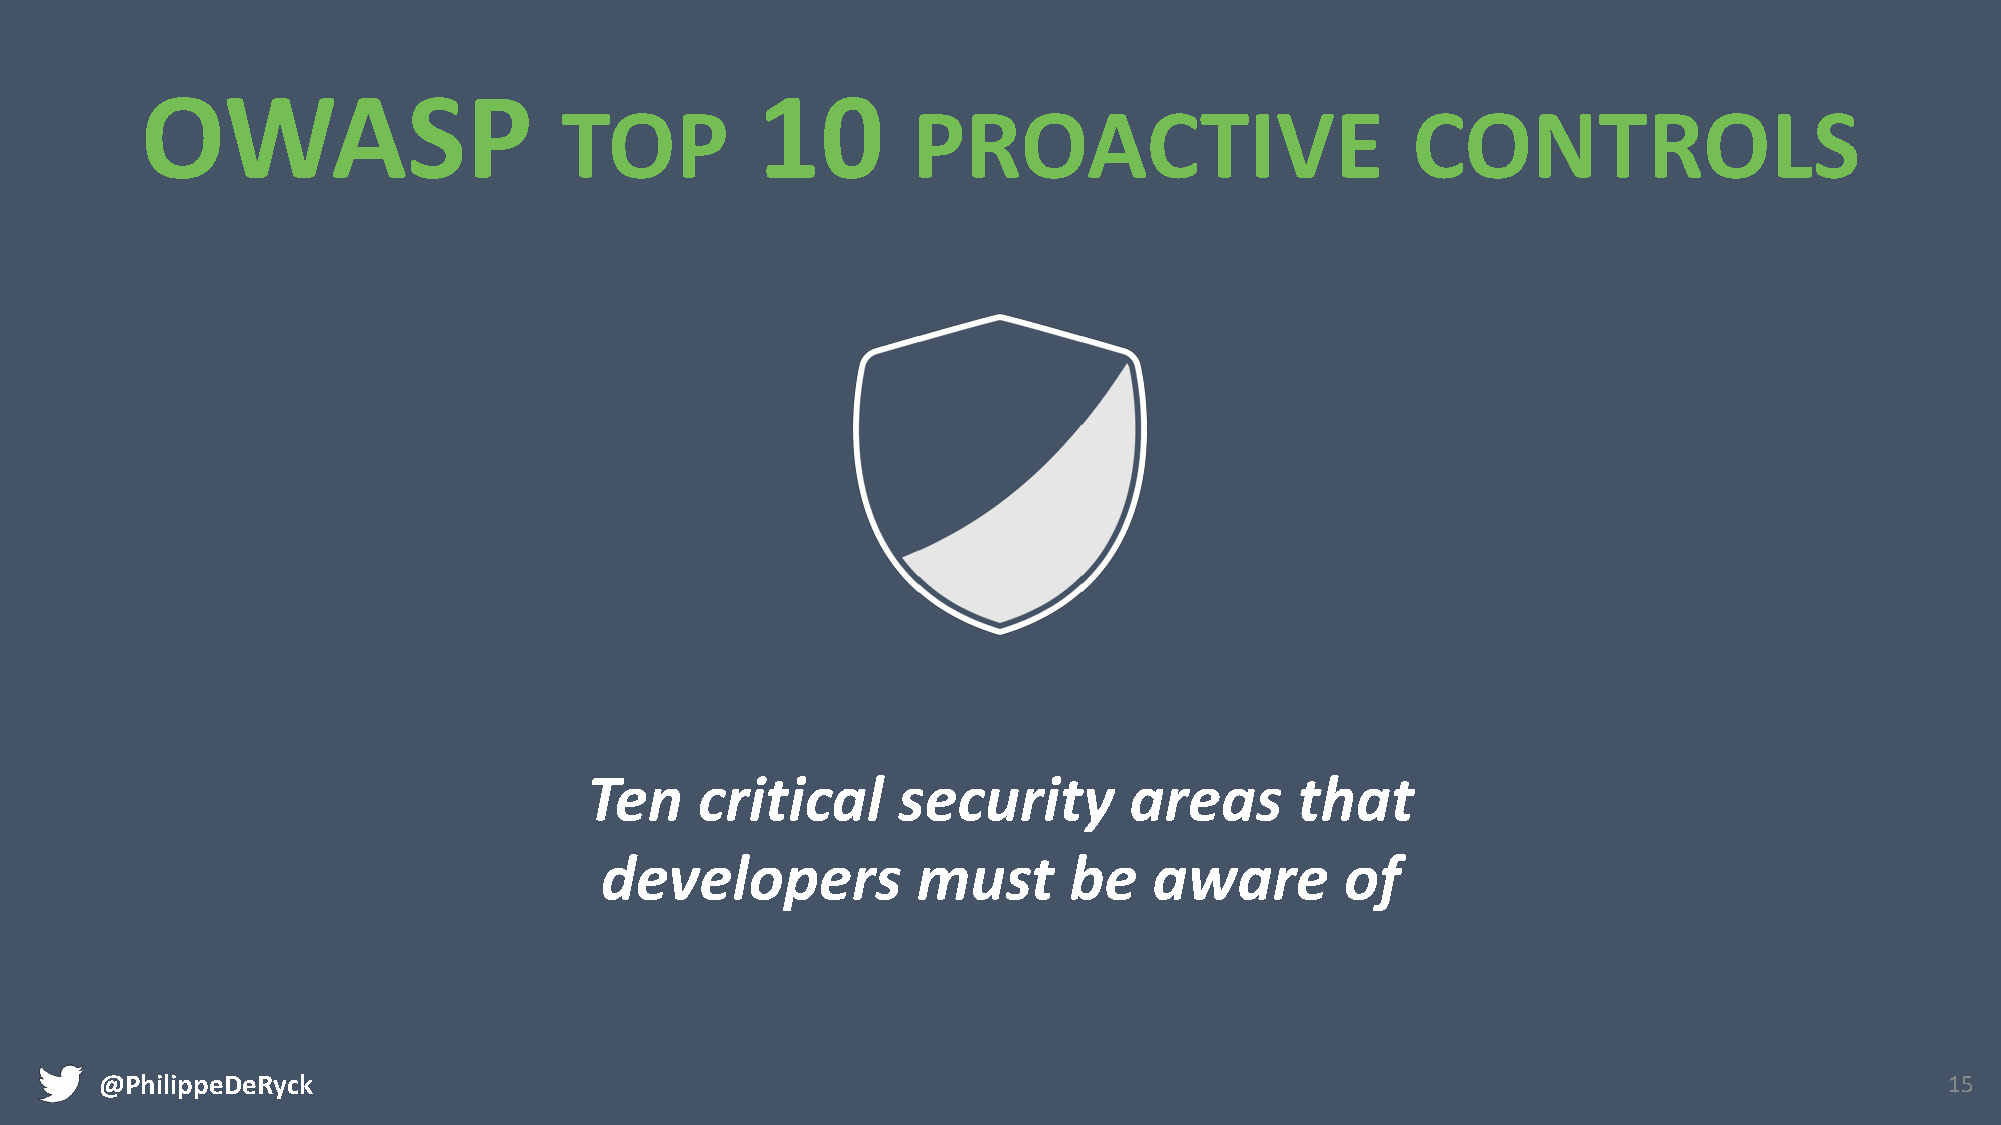
OWASP                                    10
 TOP                    PROACTIVE                        CONTROLS
 Ten    critical     security        areas      that
 developers           must      be   aware        of
 @PhilippeDeRyck                                                                                                           15